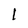
Character: l